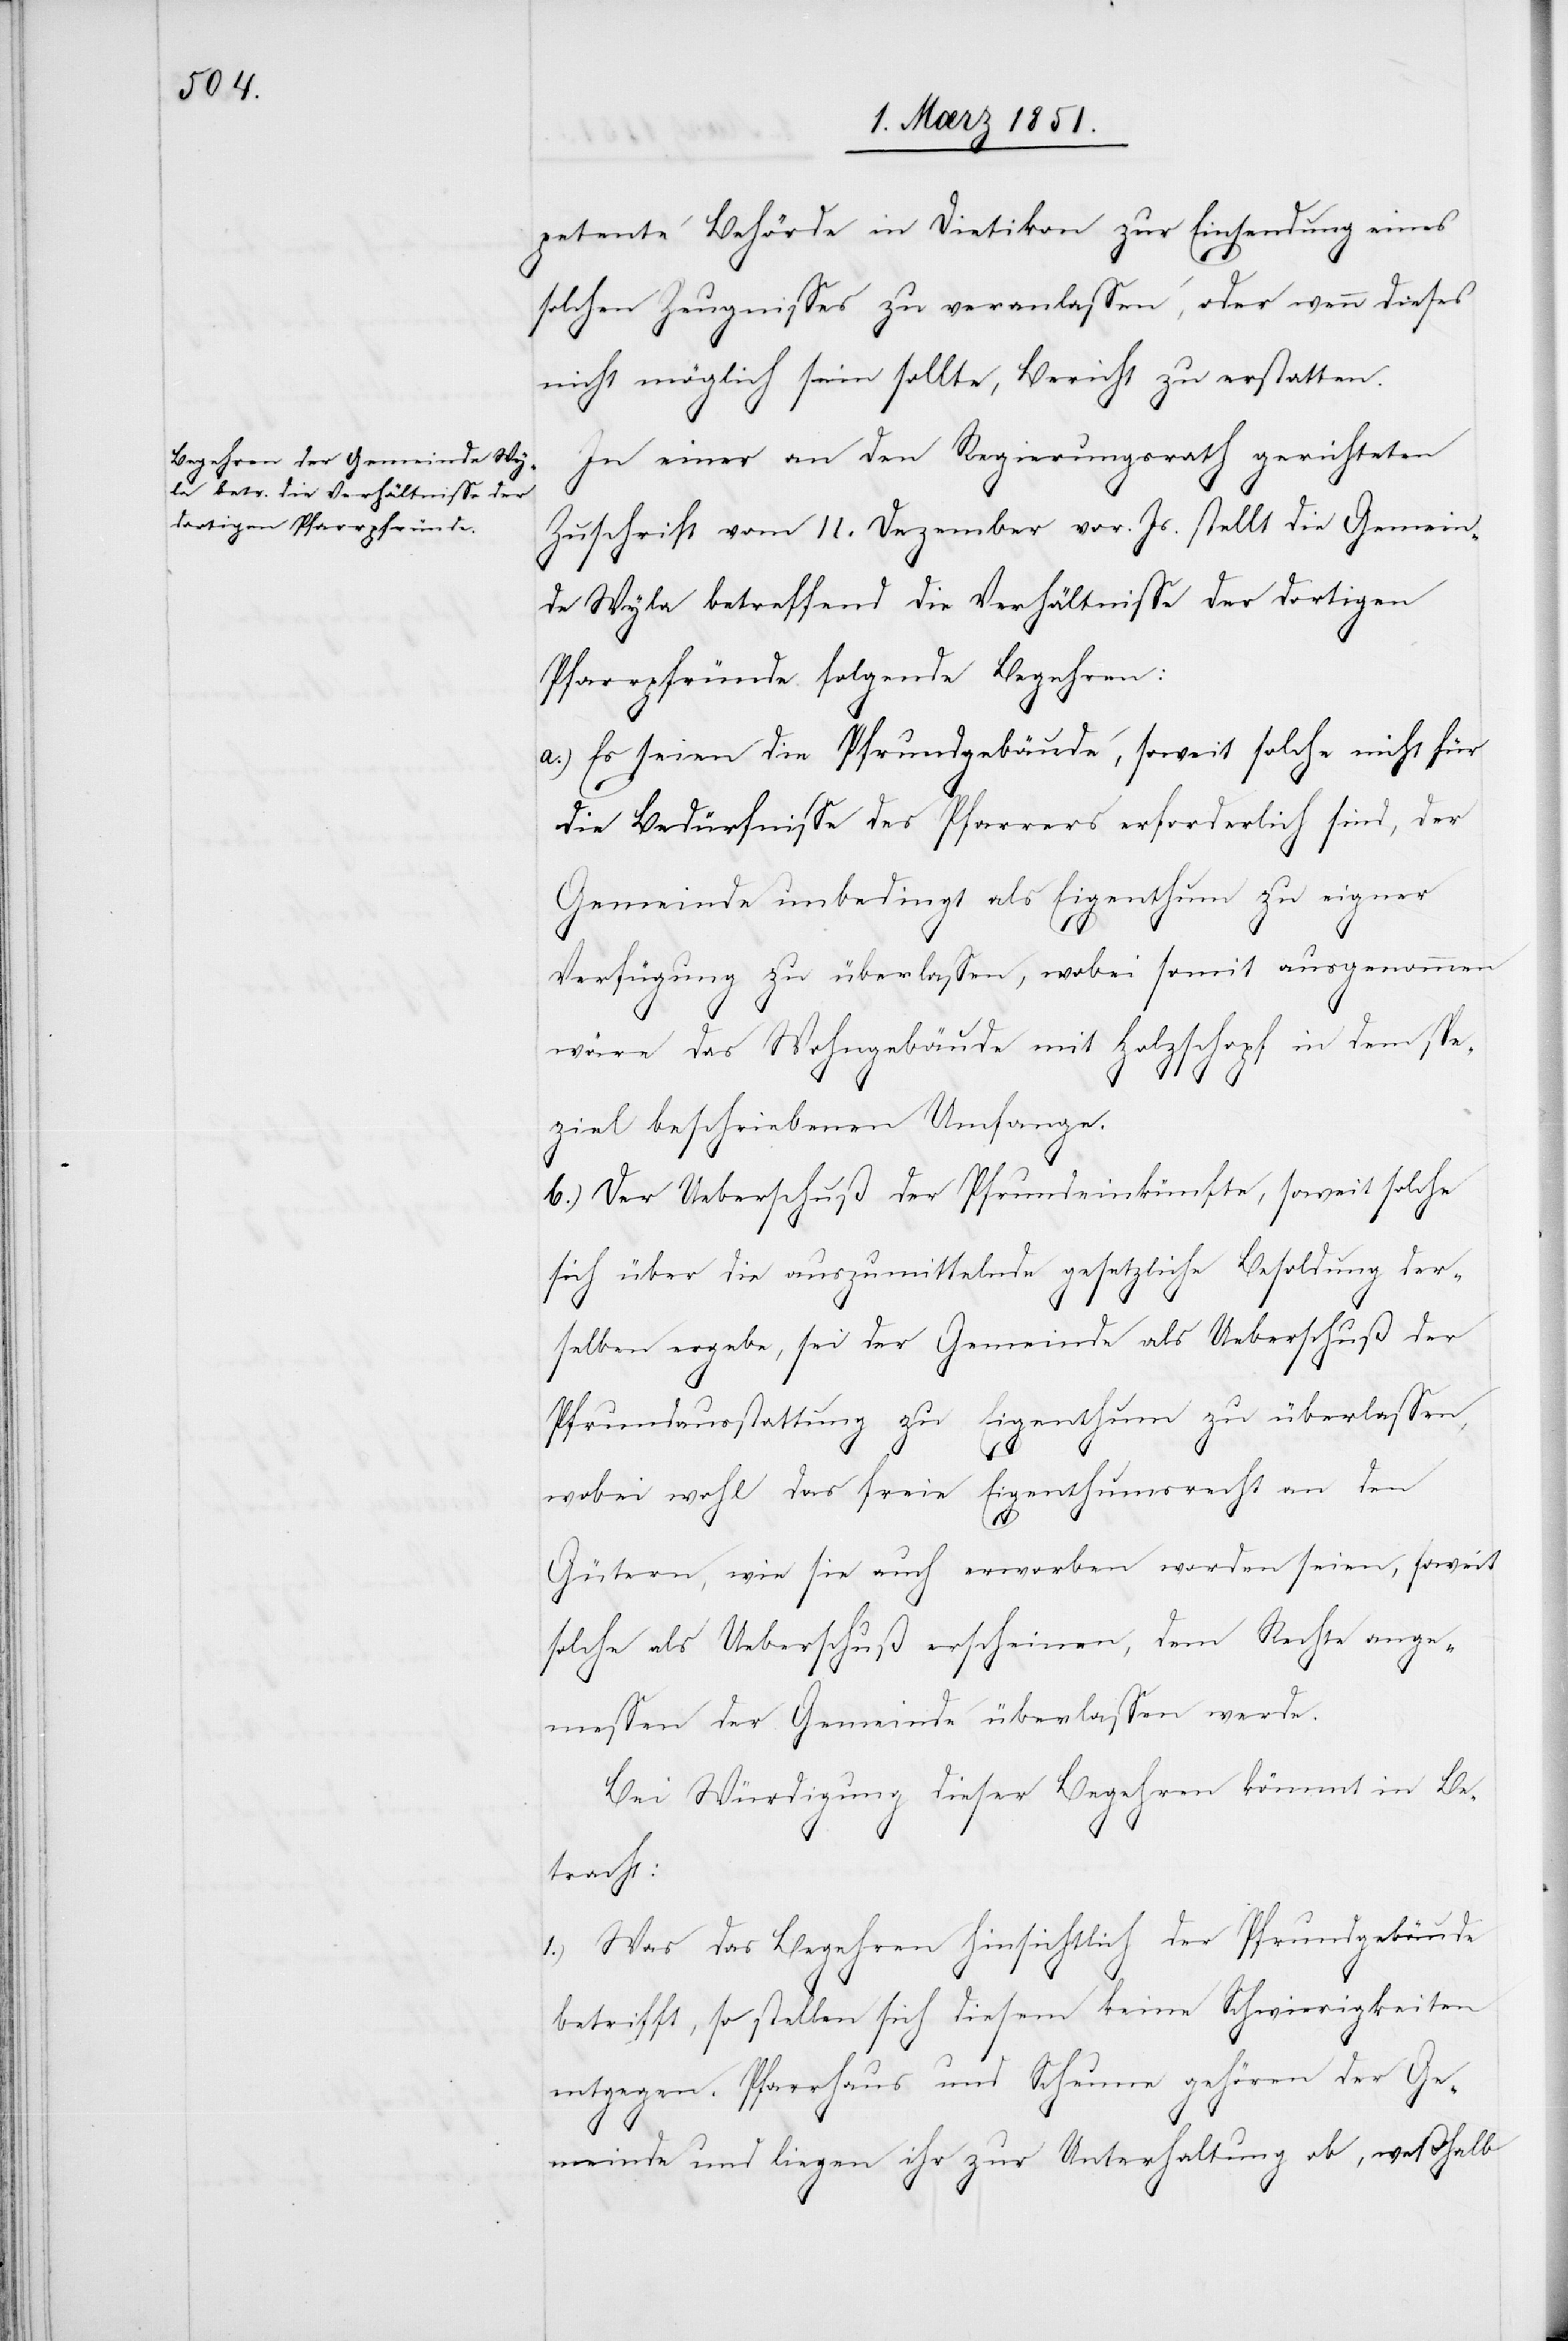
petente Behörde in Dietikon zur Einsendung eines
solchen Zeugnisses zu veranlassen, oder wenn dieses
nicht möglich sein sollte, Bericht zu erstatten.
In einer an den Regierungsrath gerichteten
Zuschrift vom 11. Dezember vor. Js. stellt die Gemein¬
de Wyla betreffend die Verhältnisse der dortigen
Pfarrpfründe folgende Begehren:
a.) Es seien die Pfrundgebäude, soweit solche nicht für
die Bedürfnisse des Pfarrers erforderlich sind, der
Gemeinde unbedingt als Eigenthum zu eigner
Verfügung zu überlassen, wobei somit ausgenommen
wäre das Wohngebäude mit Holzschopf in dem spe¬
ziel[l] beschriebenen Umfange.
b.) Der Ueberschuß der Pfrundeinkünfte, soweit solche
sich über die auszumittelnde gesetzliche Besoldung der¬
selben ergebe, sei der Gemeinde als Ueberschuß der
Pfrundausstattung zu Eigenthum zu überlassen,
wobei wohl das freie Eigenthumsrecht an den
Gütern, wie sie auch erworben worden seien, soweit
solche als Ueberschuß erscheinen, dem Rechte ange¬
messen der Gemeinde überlassen werde.
Bei Würdigung dieser Begehren kömmt in Be¬
tracht:
1.) Was das Begehren hinsichtlich der Pfrundgebäude
betrifft, so stellen sich diesem keine Schwierigkeiten
entgegen. Pfarrhaus und Scheune gehören der Ge¬
meinde und liegen ihr zur Unterhaltung ob, weßhalb